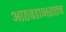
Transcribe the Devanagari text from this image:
आठवडाभरातच